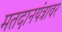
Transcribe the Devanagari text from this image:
मतदानयंत्रावर